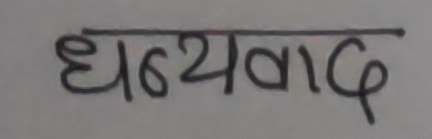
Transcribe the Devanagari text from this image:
धन्यवाद